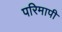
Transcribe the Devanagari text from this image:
परिमापी